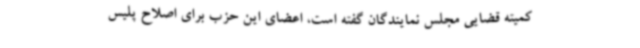
کمیته قضایی مجلس نمایندگان گفته است، اعضای این حزب برای اصلاح پلیس